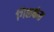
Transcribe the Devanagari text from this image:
गिळकंत